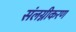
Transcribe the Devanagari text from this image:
संलग्नीकरण